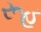
રૂહ